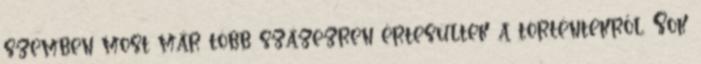
szemben most már több százezren értesültek a történtekről. Sok